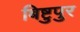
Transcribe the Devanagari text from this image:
बिष्टुपुर